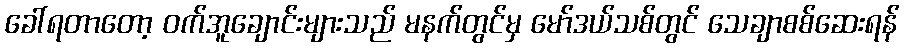
ခေါ်ရတာတော့ ဝက်အူချောင်းများသည် မနက်တွင်မှ မော်ဒယ်သစ်တွင် သေချာစစ်ဆေးရန်